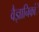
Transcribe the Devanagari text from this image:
वैज्ञानिकांे